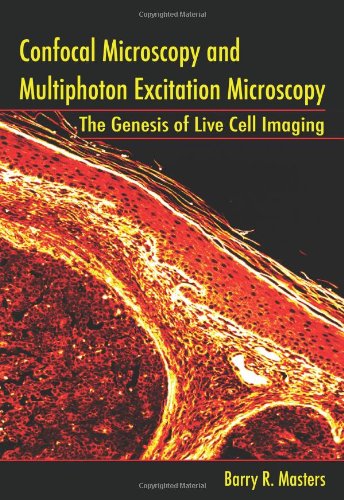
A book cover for Confocal Microscopy And Multiphoton Excitation Microscopy: The Genesis of Live Cell Imaging (SPIE Press Monograph Vol. PM161); Barry R. Masters; Science & Math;